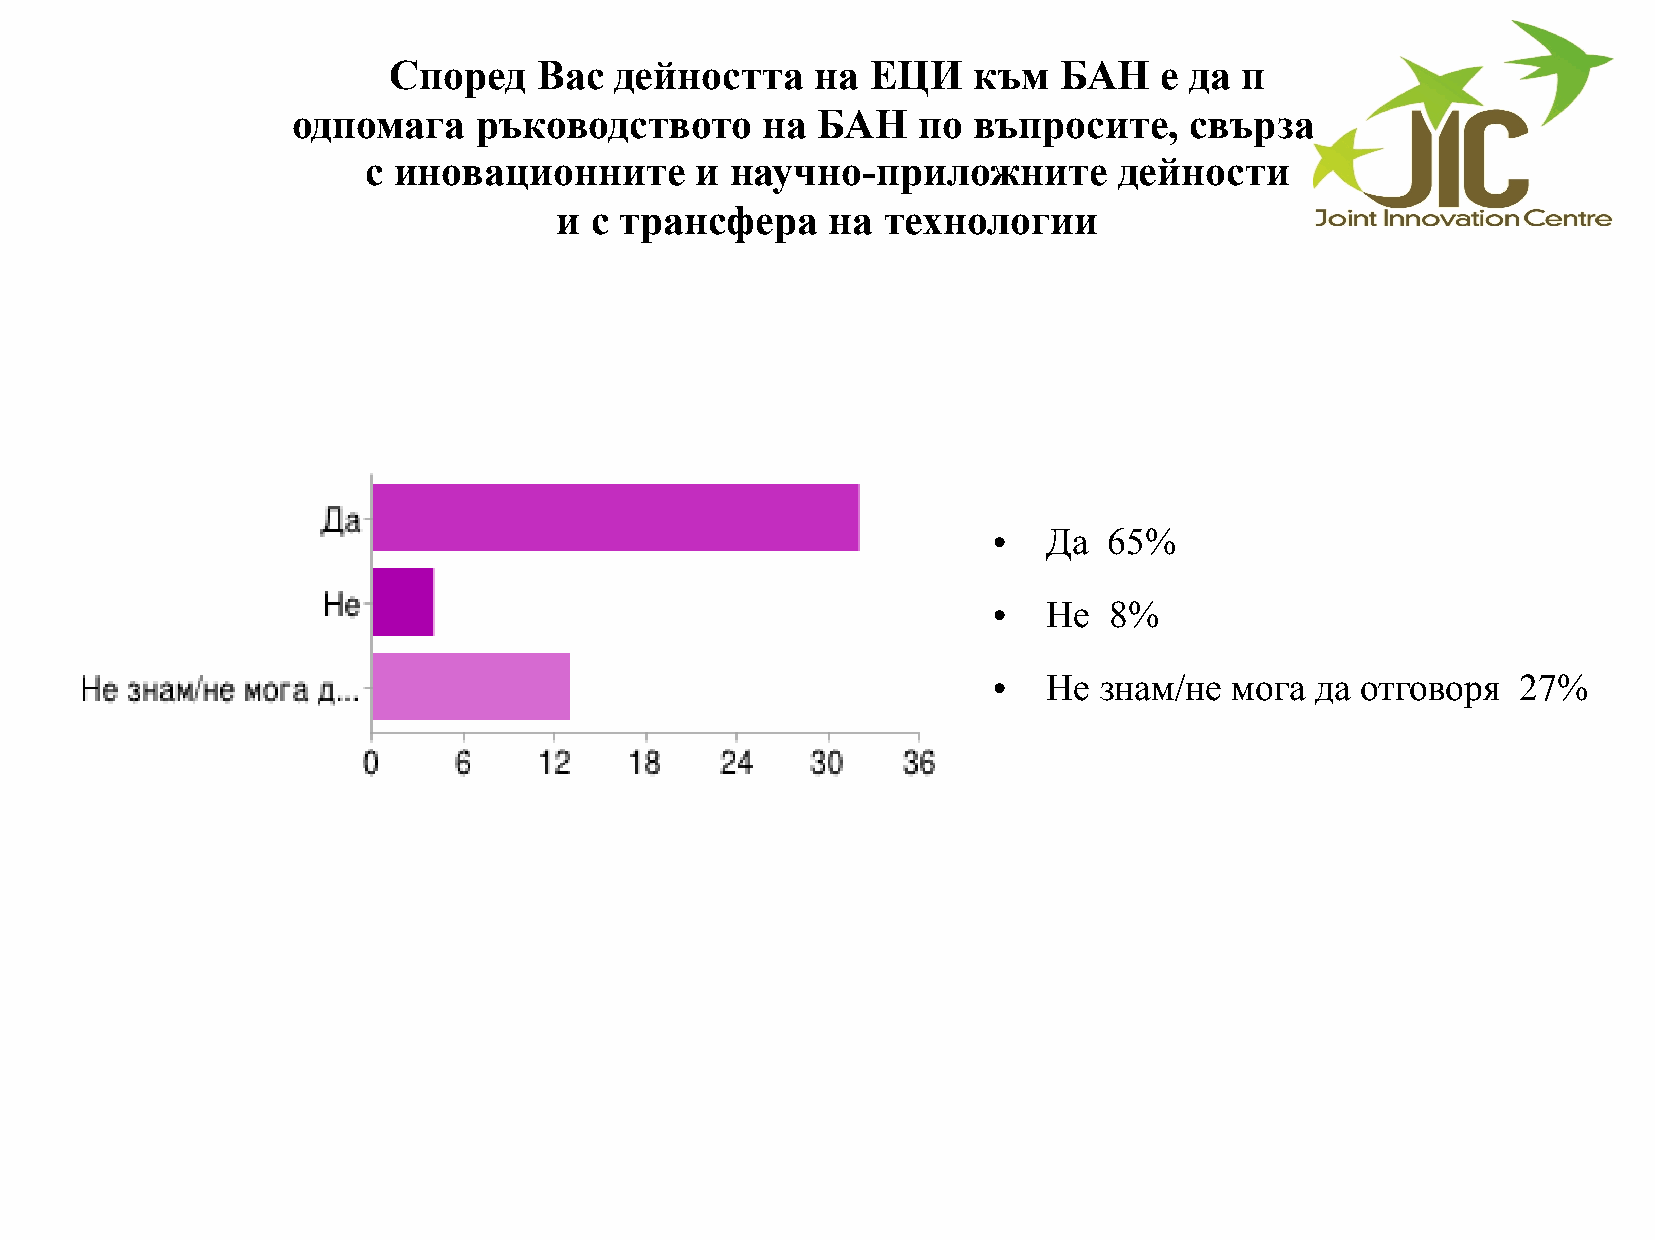
Според    Вас  дейността    на  ЕЦИ   към   БАН    е да п
 одпомага    ръководството      на  БАН    по въпросите,     свързани
 с иновационните       и научно-приложните         дейности
 и с трансфера     на технологии
 Да  65%
 ●
 Не  8%
 ●
 Не  знам/не мога  да отговоря   27%
 ●